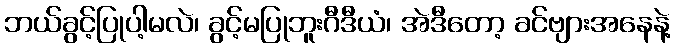
ဘယ်ခွင့်ပြုပါ့မလဲ၊ ခွင့်မပြုဘူးဂီဒီယံ၊ အဲဒီတော့ ခင်ဗျားအနေနဲ့